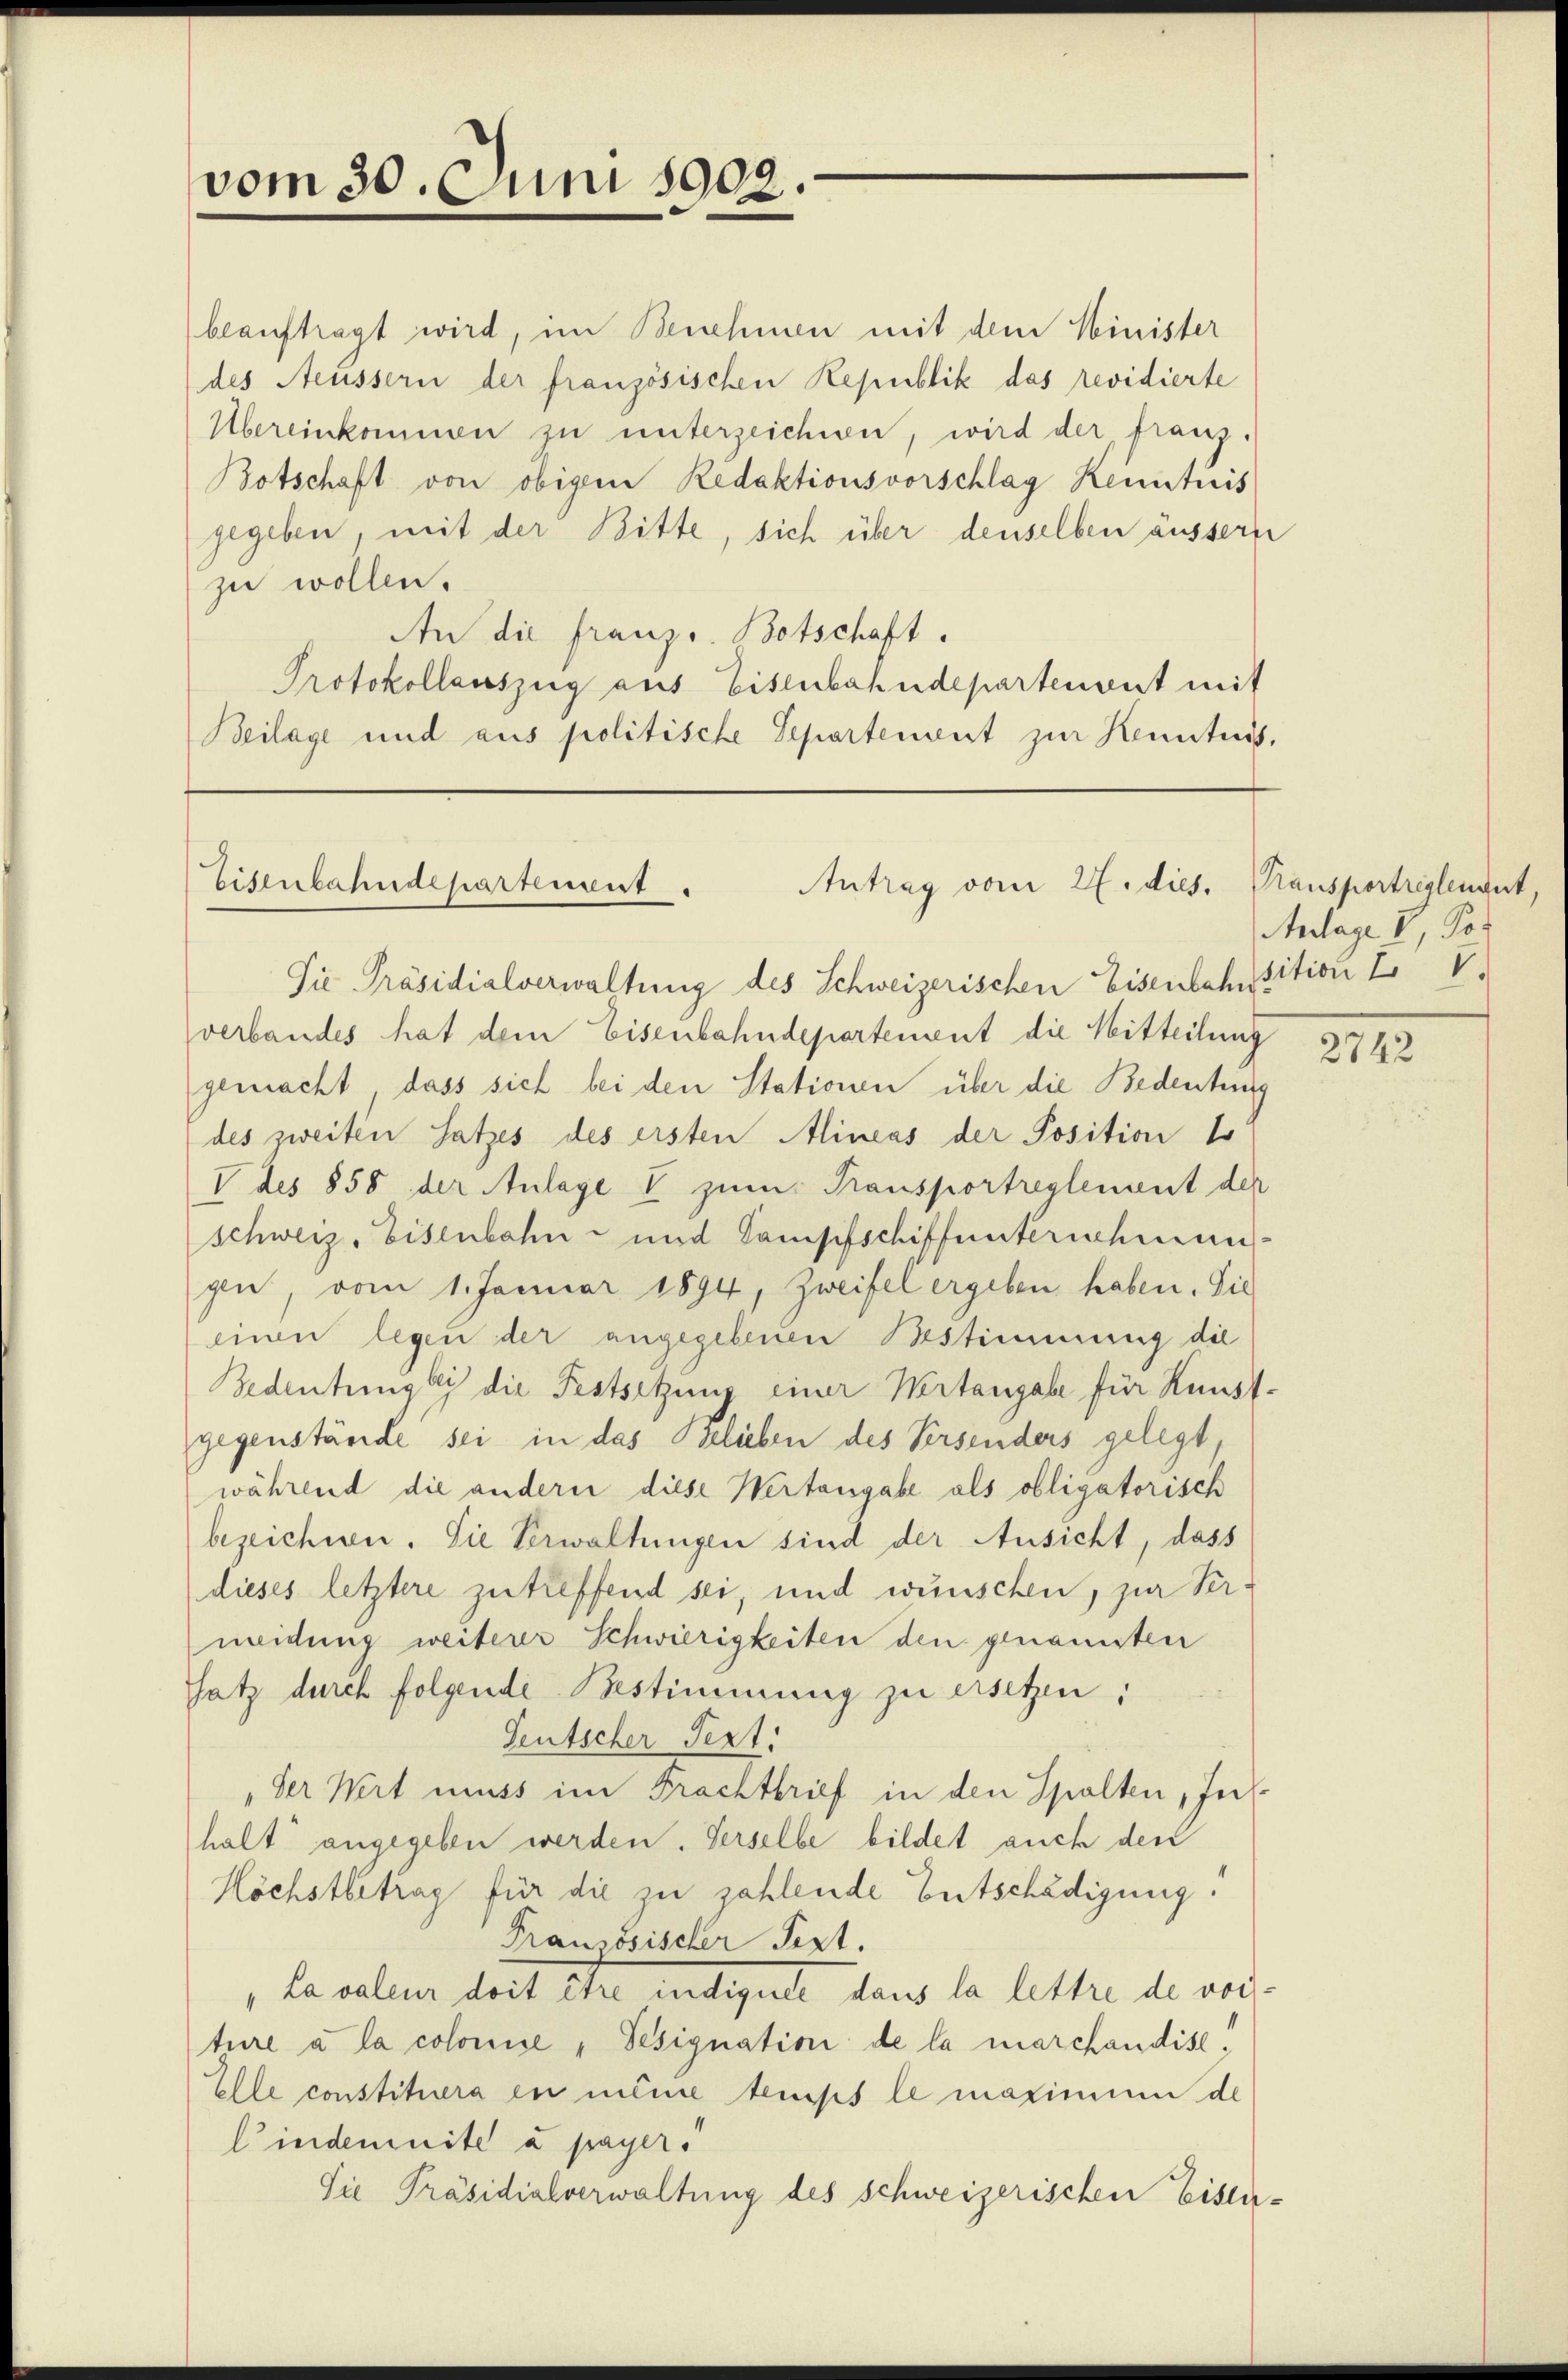
vom 30. Juni 1902.

beauftragt wird, im Benehmen mit dem Minister
des Aeussern der französischen Republik das revidierte
Übereinkommen zu unterzeichnen, wird der franz.
Botschaft von obigem Redaktionsvorschlag Renntnis
gegeben, mit der Bitte, sich über denselben äussern
zu wollen.
An die franz. Botschaft.
Protokollauszug aus Eisenbahndepartement mit
Beilage und aus politische Departement zur Kenntnis,

Eisenbahndepartement.
Antrag vom 27. dies. Transportreglengut,

Die Präsidialverwaltung des Schweizerischen Eisenbahnsition I 5
verbandes hat dem Eisenbahndepartement die Mitteilung
gemacht, dass sich bei den Stationen über die Bedeutung
des zweiten Satzes des ersten Alineas der Position 1
V des 858 der Anlage I zum Transportreglement der
Schweiz. Eisenbahn- und Campfschiffunterschmungi, vom 1. Januar 1894, Zweifel ergeben haben. Sie
einen legen der angegebenen Bestimmung die
Bedentringli die Festsetzung einer Wertangabe für Kunst-
gegenstände sei in das Belieben des Versenders gelegt
während die andern diese Wertangabe als obligatorisch
bezeichnen. Sie Verwaltungen sind der Ansicht, dass
dieses letztere zutreffend sei, und wünschen, zur Ver-
meidung weiterer Schwierigkeiten den genannten
Satz durch folgende Bestimmung zu ersetzen:
Seutscher Text.
„der Wert muss im Frachtbrief in den Spalten, Inshalt angegeben werden. Verselbe bildet auch den
Höchstbetrag für die zu zahlende Entschädigung.
Französischer Pert.
Lasalien dort der indegeelt, dans la lettre de red-
ture à la colonise, Pesignation de la marchandis,
Elle constituera in meine temps le maximum de
lindemnite à payer.
Die Präsidialverwaltung des schweizerischen Eisen-

Anlage. V, Por

2742